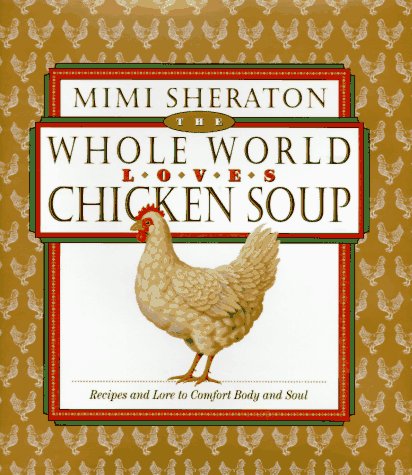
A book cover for The Whole World Loves Chicken Soup: Recipes and Lore to Comfort Body and Soul; Mimi Sheraton; Cookbooks, Food & Wine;